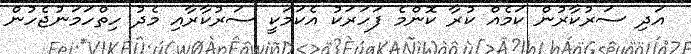
އަދި ސަރުކާރުން ކަމެއް ކުރާ ކޮންމެ ފަހަރަކު އެކަމަކީ ސަރުކާރާއި މެދު ހިތްހަމަނުޖެހުން